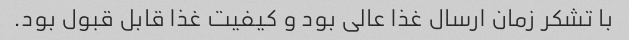
با تشکر زمان ارسال غذا عالی بود و کیفیت غذا قابل قبول بود.